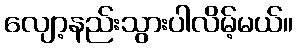
လျော့နည်းသွားပါလိမ့်မယ်။